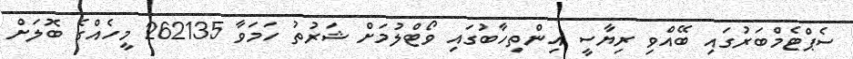
ސެޕްޓެމްބަރުގައި ބޭއްވި ރިޔާސީ އިންތިހާބުގައި ވޯޓްލުމަށް ޝަރުތު ހަމަވާ 262135 މީހެއްގެ ބޮލަށް